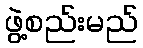
ဖွဲ့စည်းမည်